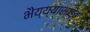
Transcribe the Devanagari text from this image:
भैय्य्यासाहेब